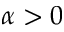
\alpha > 0